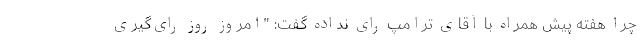
چرا هفته پیش همراه با آقای ترامپ رای نداده گفت: "امروز روز رای‌گیری